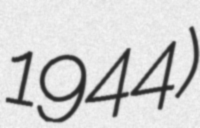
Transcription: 1944)